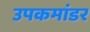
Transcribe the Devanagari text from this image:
उपकमांडर